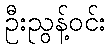
ဦးညွန့်ဝင်း